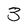
Character: 3